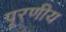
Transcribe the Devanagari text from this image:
पूरणीय